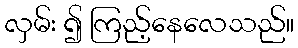
လှမ်း ၍ ကြည့်နေလေသည်။